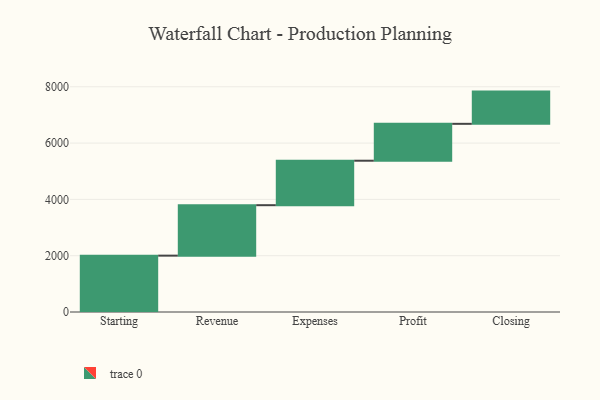
{"axis": {"x": "Step", "y": "Value"}, "legend": [""], "data": [{"x": "Starting", "y": 2002.0, "type": ""}, {"x": "Revenue", "y": 1792.0, "type": ""}, {"x": "Expenses", "y": 1580.0, "type": ""}, {"x": "Profit", "y": 1310.0, "type": ""}, {"x": "Closing", "y": 1145.0, "type": ""}]}